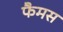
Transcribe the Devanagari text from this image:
फैमस